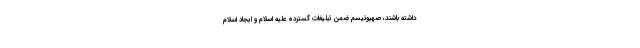
داشته باشند، صهیونیسم ضمن تبلیغات گسترده علیه اسلام و ایجاد اسلام